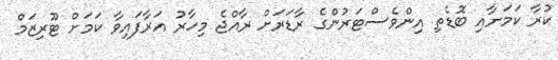
ކުރާ ކަމަށާއި ބޮޑެތި އިންވެސްޓަރުންގެ ރާޑަރަށް ރާއްޖެ މިހާރު އަރާފައިވާ ކަމަށް ޓޫރިޒަމް